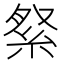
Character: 𮈏